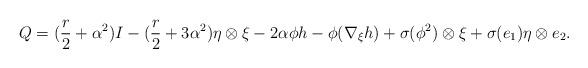
LaTeX: \begin{align*}Q=(\frac{r}{2}+\alpha ^{2})I-(\frac{r}{2}+3\alpha ^{2})\eta \otimes \xi-2\alpha \phi h-\phi (\nabla _{\xi }h)+\sigma (\phi ^{2})\otimes \xi +\sigma(e_{1})\eta \otimes e_{2}. \end{align*}